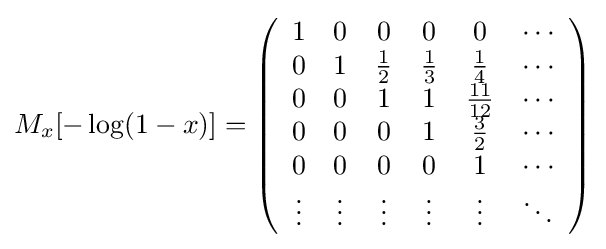
M_{x}[-\log(1-x)]=\left({\begin{array}{cccccc}1&0&0&0&0&\cdots \\0&1&{\frac {1}{2}}&{\frac {1}{3}}&{\frac {1}{4}}&\cdots \\0&0&1&1&{\frac {11}{12}}&\cdots \\0&0&0&1&{\frac {3}{2}}&\cdots \\0&0&0&0&1&\cdots \\\vdots &\vdots &\vdots &\vdots &\vdots &\ddots \end{array}}\right)